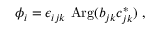
\phi _ { i } = \epsilon _ { i j k } ~ \mathrm { A r g } ( b _ { j k } c _ { j k } ^ { * } ) \; ,